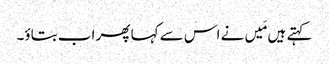
کہتے ہیں مَیں نے اس سے کہا پھر اب بتاؤ۔